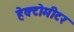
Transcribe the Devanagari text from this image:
हेक्टोमीटर